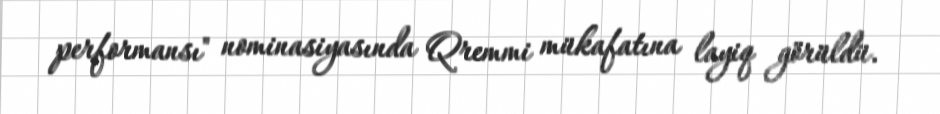
performansı" nominasiyasında Qremmi mükafatına layiq görüldü.